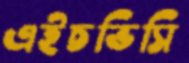
এইচভিসি